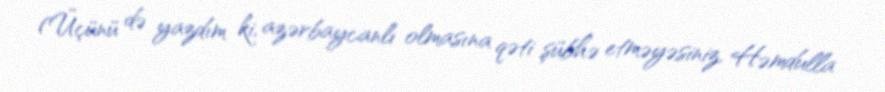
(Üçünü də yazdım ki, azərbaycanlı olmasına qəti şübhə etməyəsiniz, Həmdulla